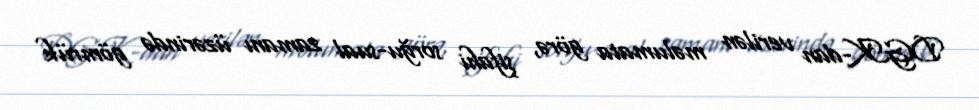
DGK-dan verilən məlumata görə, şifahi sorğu-sual zamanı üzərində gömrük